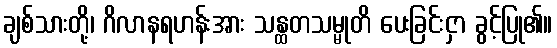
ချစ်သားတို့၊ ဂိလာနရဟန်းအား သန္ထတသမ္မုတိ ပေးခြင်းငှာ ခွင့်ပြု၏။